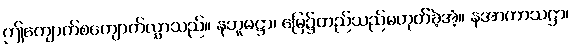
ဤကျောက်စကျောက်လွှာသည်။ နဘူမဋ္ဌာ၊ မြေ၌တည်သည်မဟုတ်ခဲ့အံ့။ နအာကာသဋ္ဌာ၊